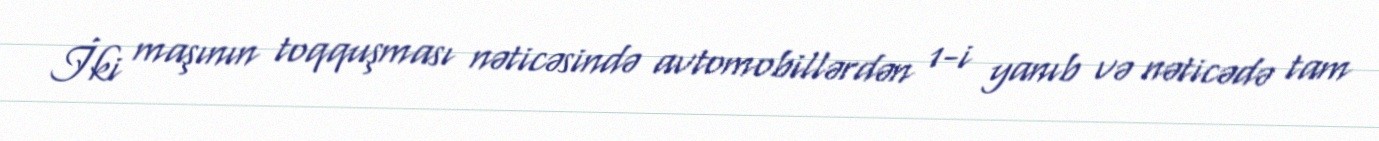
İki maşının toqquşması nəticəsində avtomobillərdən 1-i yanıb və nəticədə tam